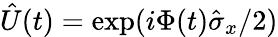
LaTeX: \hat{U}(t)=\exp(i\Phi(t)\hat{\sigma}_{x}/2)